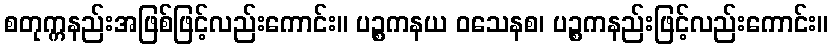
စတုက္ကနည်းအဖြစ်ဖြင့်လည်းကောင်း။ ပဉ္စကနယ ဝသေနစ၊ ပဉ္စကနည်းဖြင့်လည်းကောင်း။